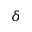
\delta